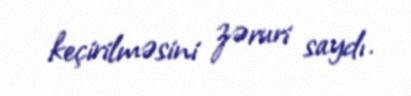
keçirilməsini zəruri saydı.